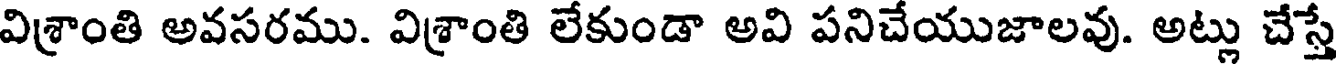
విశ్రాంతి అవసరము. విశ్రాంతి లేకుండా అవి పనిచేయుజాలవు. అట్లు చేస్తే